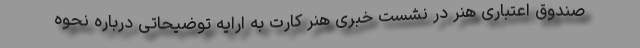
صندوق اعتباری هنر در نشست خبری هنر کارت به ارایه توضیحاتی درباره نحوه